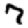
Digit: 7